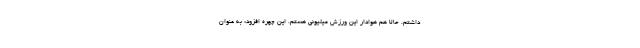
داشتم. حالا هم هوادار این ورزش میلیونی هستم. این چهره افزود: به عنوان